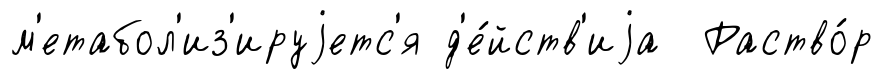
м'етабол'из'ируjетс'я д'е́йств'иjа Раство́р